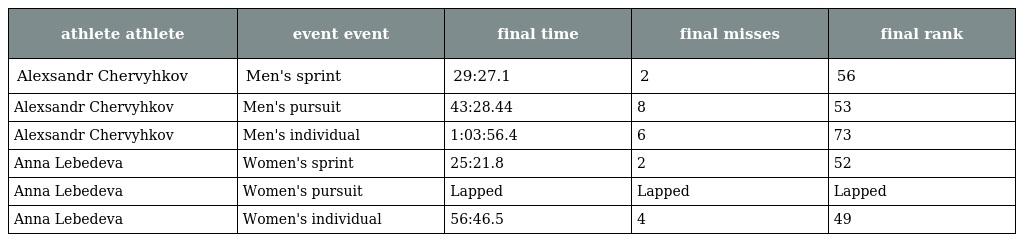
| athlete athlete | event event | final time | final misses | final rank |
 | --- | --- | --- | --- | --- |
 | Alexsandr Chervyhkov | Men's sprint | 29:27.1 | 2 | 56 |
 | Alexsandr Chervyhkov | Men's pursuit | 43:28.44 | 8 | 53 |
 | Alexsandr Chervyhkov | Men's individual | 1:03:56.4 | 6 | 73 |
 | Anna Lebedeva | Women's sprint | 25:21.8 | 2 | 52 |
 | Anna Lebedeva | Women's pursuit | Lapped | Lapped | Lapped |
 | Anna Lebedeva | Women's individual | 56:46.5 | 4 | 49 |